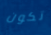
تكون